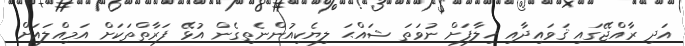
އަދި ރާއްޖޭގައި ޤަވައިދާއި ޚިލާފަށް ނުވަތަ ޝައްޙަ ލިޔެކިއުންނެތިގެން އުޅޭ ފަރާތްތަކަށް އަމިއްލައަށް